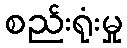
စည်းရုံးမှု